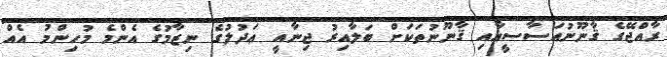
ރާއްޖޭގެ ޤާނޫނުއަސާސީއާއި ޤާނޫނުތަކަށް ބަލާއިރު ޖިނާއީ ޢަދުލުގެ ނިޒާމުގެ އެންމެ މުހިންމު އެއް